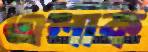
এলাক